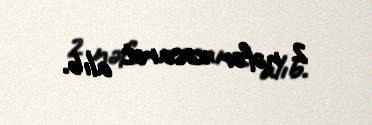
2 nəfər xəsarət alıb.